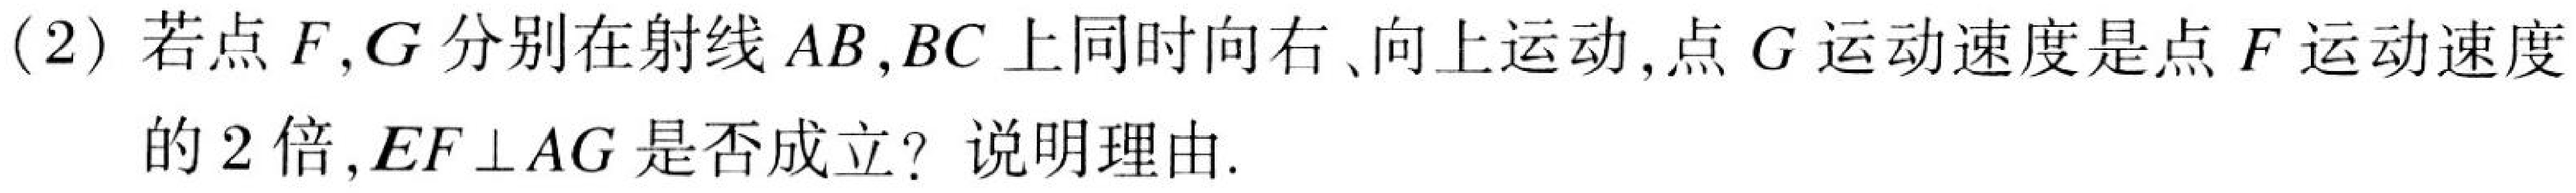
(2)若点\(F,G\)分别在射线\(AB,BC\)上同时向右、向上运动,点\(G\)运动速度是点\(F\)运动速度
的\(2\)倍,\(EF\perp AG\)是否成立? 说明理由.